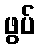
ဖွပ်